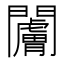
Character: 𬮗